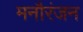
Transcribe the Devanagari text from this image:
मनौरंजन